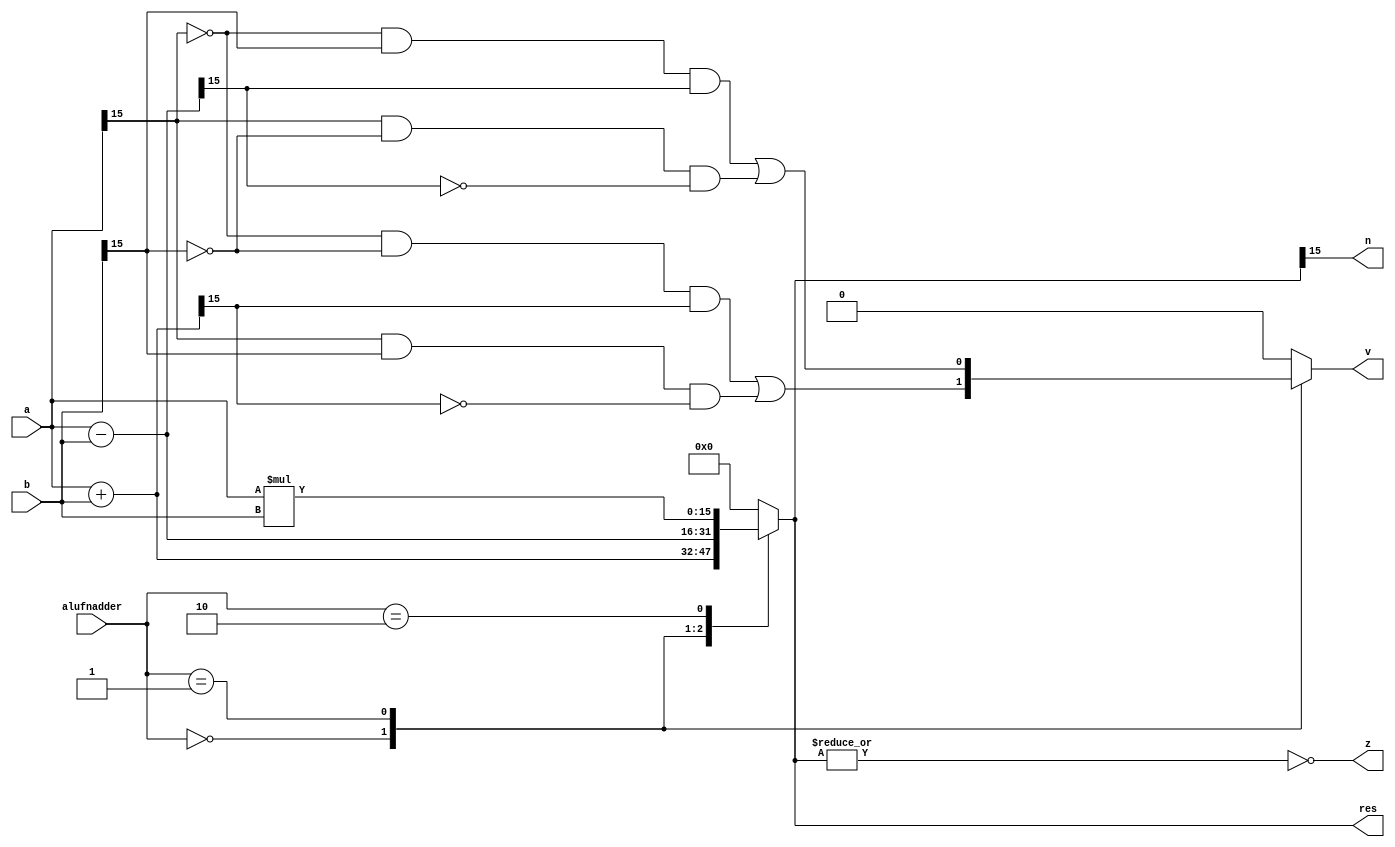
module adderFunction_7 (
    input [15:0] a,
    input [15:0] b,
    input [1:0] alufnadder,
    output reg [15:0] res,
    output reg z,
    output reg v,
    output reg n
  );
  
  
  
  reg [15:0] temp;
  
  always @* begin
    
    case (alufnadder)
      2'h0: begin
        temp = a + b;
        v = ((~a[15+0-:1]) & (~b[15+0-:1]) & temp[15+0-:1]) | (a[15+0-:1] & b[15+0-:1] & (~temp[15+0-:1]));
      end
      2'h1: begin
        temp = a - b;
        v = ((~a[15+0-:1]) & (b[15+0-:1]) & temp[15+0-:1]) | (a[15+0-:1] & ~b[15+0-:1] & (~temp[15+0-:1]));
      end
      2'h2: begin
        temp = a * b;
        v = 1'h0;
      end
      default: begin
        temp = 16'h0000;
        v = 1'h0;
      end
    endcase
    res = temp;
    z = (~|temp);
    n = temp[15+0-:1];
  end
endmodule